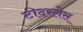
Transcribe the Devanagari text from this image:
टीदरलेस